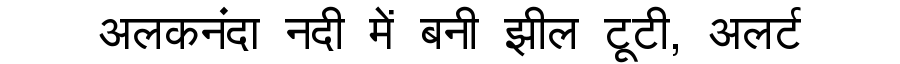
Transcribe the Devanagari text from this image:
अलकनंदा नदी में बनी झील टूटी, अलर्ट